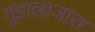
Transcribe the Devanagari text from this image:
गुडालाजारा